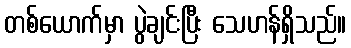
တစ်ယောက်မှာ ပွဲချင်းပြီး သေဟန်ရှိသည်။